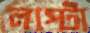
লপ্‌টো